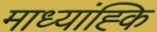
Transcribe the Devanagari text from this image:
माध्यांह्कि